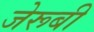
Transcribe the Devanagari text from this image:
जेरूबी